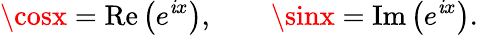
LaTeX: \cosx=\operatorname{Re}\left(e^{\mathit{i}x}\right),\qquad\sinx=\operatorname{Im}\left(e^{\mathit{i}x}\right).